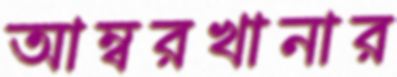
আম্বরখানার